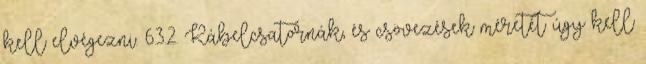
kell elvégezni. 6.3.2. Kábelcsatornák, és csövezések méretét úgy kell